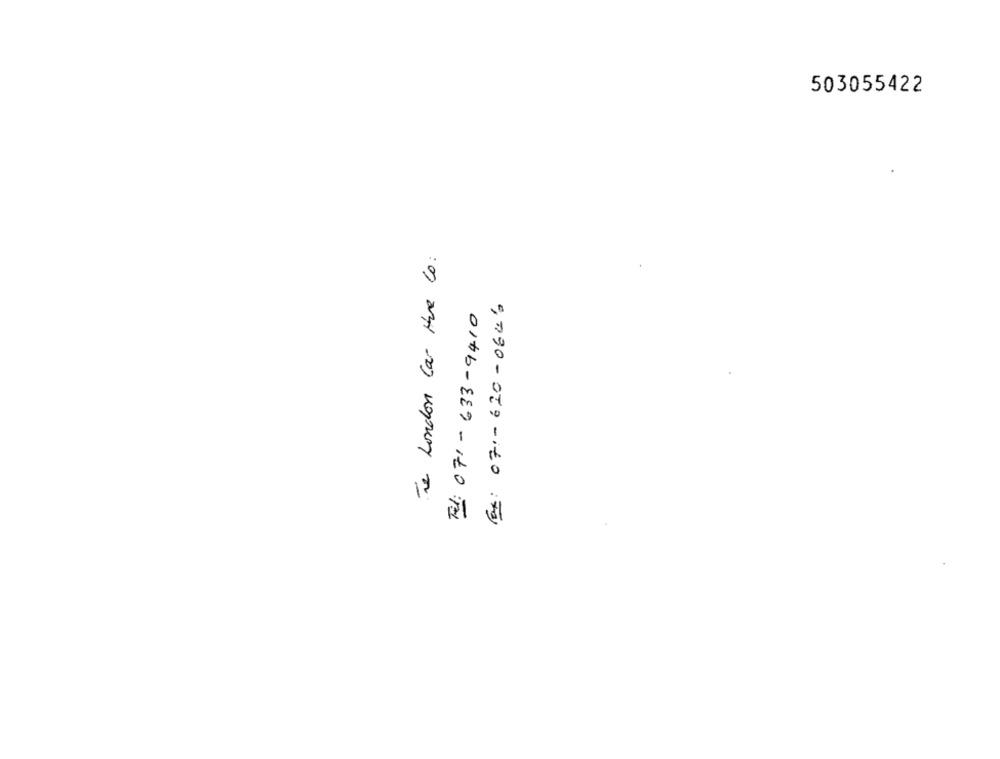
503055422
Te London Car Hue Co:
Ex: 07 :- 620-0646
01tb-889 -ito:F